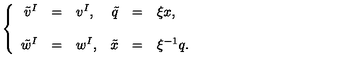
\left\{ \begin{array} { r c l r c l } { \tilde { v } ^ { I } } & { = } & { v ^ { I } , } & { \tilde { q } } & { = } & { \xi x , } \\ { } & { } & { } \\ { \tilde { w } ^ { I } } & { = } & { w ^ { I } , } & { \tilde { x } } & { = } & { \xi ^ { - 1 } q . } \\ \end{array} \right.